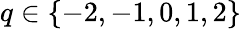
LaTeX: q\in\{ -2,-1,0,1,2\}